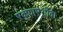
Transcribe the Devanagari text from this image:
एकुणऐशींवा